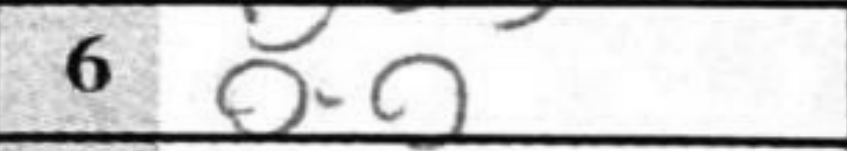
Transcription: O-O